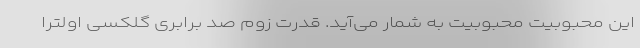
این محبوبیت محبوبیت به شمار می‌آید. قدرت زوم صد برابری گلکسی اولترا